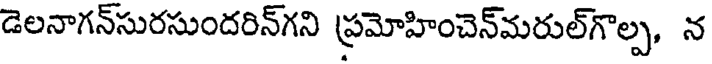
డెలనాగన్సురసుందరిన్గని ప్రమోహించెన్మరుల్గొల్ప, న